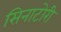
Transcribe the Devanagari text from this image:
सिनाटोरी